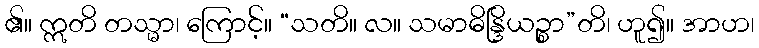
၏။ ဣတိ တသ္မာ၊ ကြောင့်။ “သတိ။ လ။ သမာဓိန္ဒြိယဉ္စာ”တိ၊ ဟူ၍။ အာဟ၊